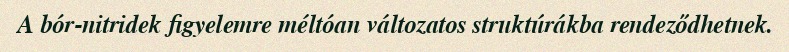
A bór-nitridek figyelemre méltóan változatos struktúrákba rendeződhetnek.